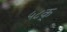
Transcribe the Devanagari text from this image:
५८क्